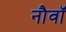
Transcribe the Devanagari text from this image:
नौवॉं